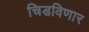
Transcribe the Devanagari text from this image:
चिडविणार